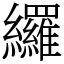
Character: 纙